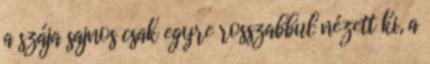
a szája sajnos csak egyre rosszabbul nézett ki, a